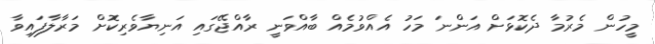
މީހުން މެރުމާ ދެކޮޅަށް އަންނަ މަހު އެއްވުމެއް ބާއްވަނީ ރާއްޖޭގައި އަނިޔާވެރިކޮށް މަރާލާފައިވާ